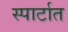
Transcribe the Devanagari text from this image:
स्पार्टात